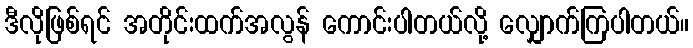
ဒီလိုဖြစ်ရင် အတိုင်းထက်အလွန် ကောင်းပါတယ်လို့ လျှောက်ကြပါတယ်။